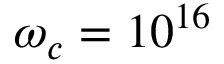
\omega _ { c } = 1 0 ^ { 1 6 }